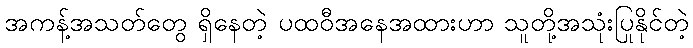
အကန့်အသတ်တွေ ရှိနေတဲ့ ပထဝီအနေအထားဟာ သူတို့အသုံးပြုနိုင်တဲ့